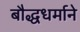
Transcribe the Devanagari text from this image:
बौद्धधर्माने